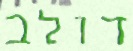
דולב